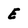
Character: E